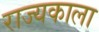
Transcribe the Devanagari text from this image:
राज्यकाला